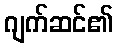
ဂျက်ဆင်၏